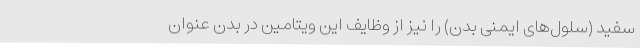
سفید (سلول‌های ایمنی بدن) را نیز از وظایف این ویتامین در بدن عنوان